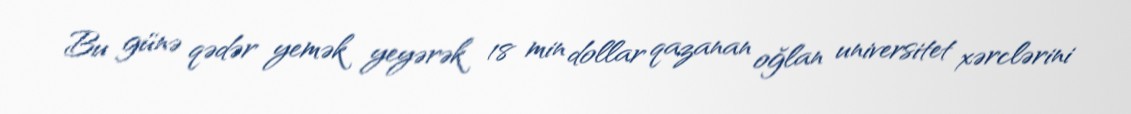
Bu günə qədər yemək yeyərək 18 min dollar qazanan oğlan universitet xərclərini